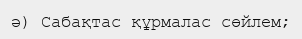
ә) Сабақтас құрмалас сөйлем;